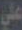
علي